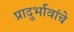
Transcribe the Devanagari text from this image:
प्रादुर्भावांचे